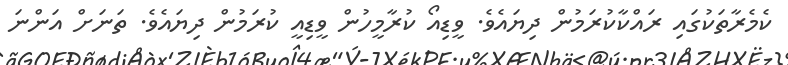
ކެމެރާތަކުގައި ރައްކާކުރަމުން ދިޔައެވެ. ވީޑިއޯ ކުރާމީހުން ވީޑިއީ ކުރަމުން ދިޔައެވެ. ތަނަށް އަންނަ